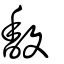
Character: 馥